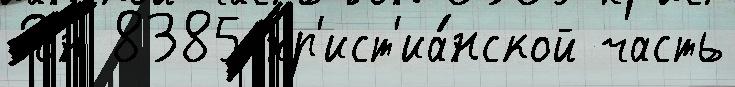
Рон 8385 хр'ист'иа́нской часть